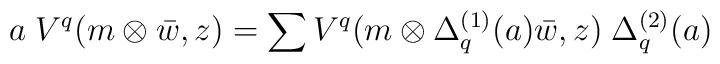
a \; V^{q}(m\otimes\bar{w},z) = \sum V^{q}(m\otimes \Delta_{q}^{(1)} (a)\bar{w},z) \; \Delta_{q}^{(2)}(a)